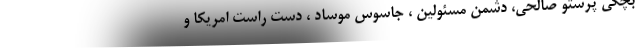
بچگی پرستو صالحی، دشمن مسئولین ، جاسوس موساد ، دست راست امریکا و